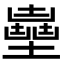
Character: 𡒽